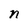
Character: n